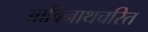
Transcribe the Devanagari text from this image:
आविनाथचरित